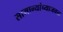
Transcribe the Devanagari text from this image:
सामान्यांच्याजवळ